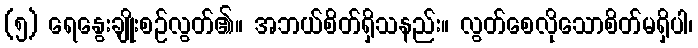
(၅) ရေနွေးချိုးစဉ်လွတ်၏။ အဘယ်စိတ်ရှိသနည်း။ လွတ်စေလိုသောစိတ်မရှိပါ၊